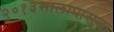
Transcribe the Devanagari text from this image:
२०१३सालापासून